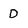
Character: D